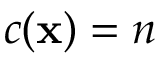
c ( \mathbf { x } ) = n